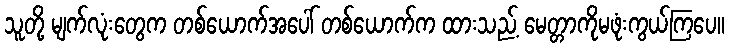
သူတို့ မျက်လုံးတွေက တစ်ယောက်အပေါ် တစ်ယောက်က ထားသည့် မေတ္တာကိုမဖုံးကွယ်ကြပေ။